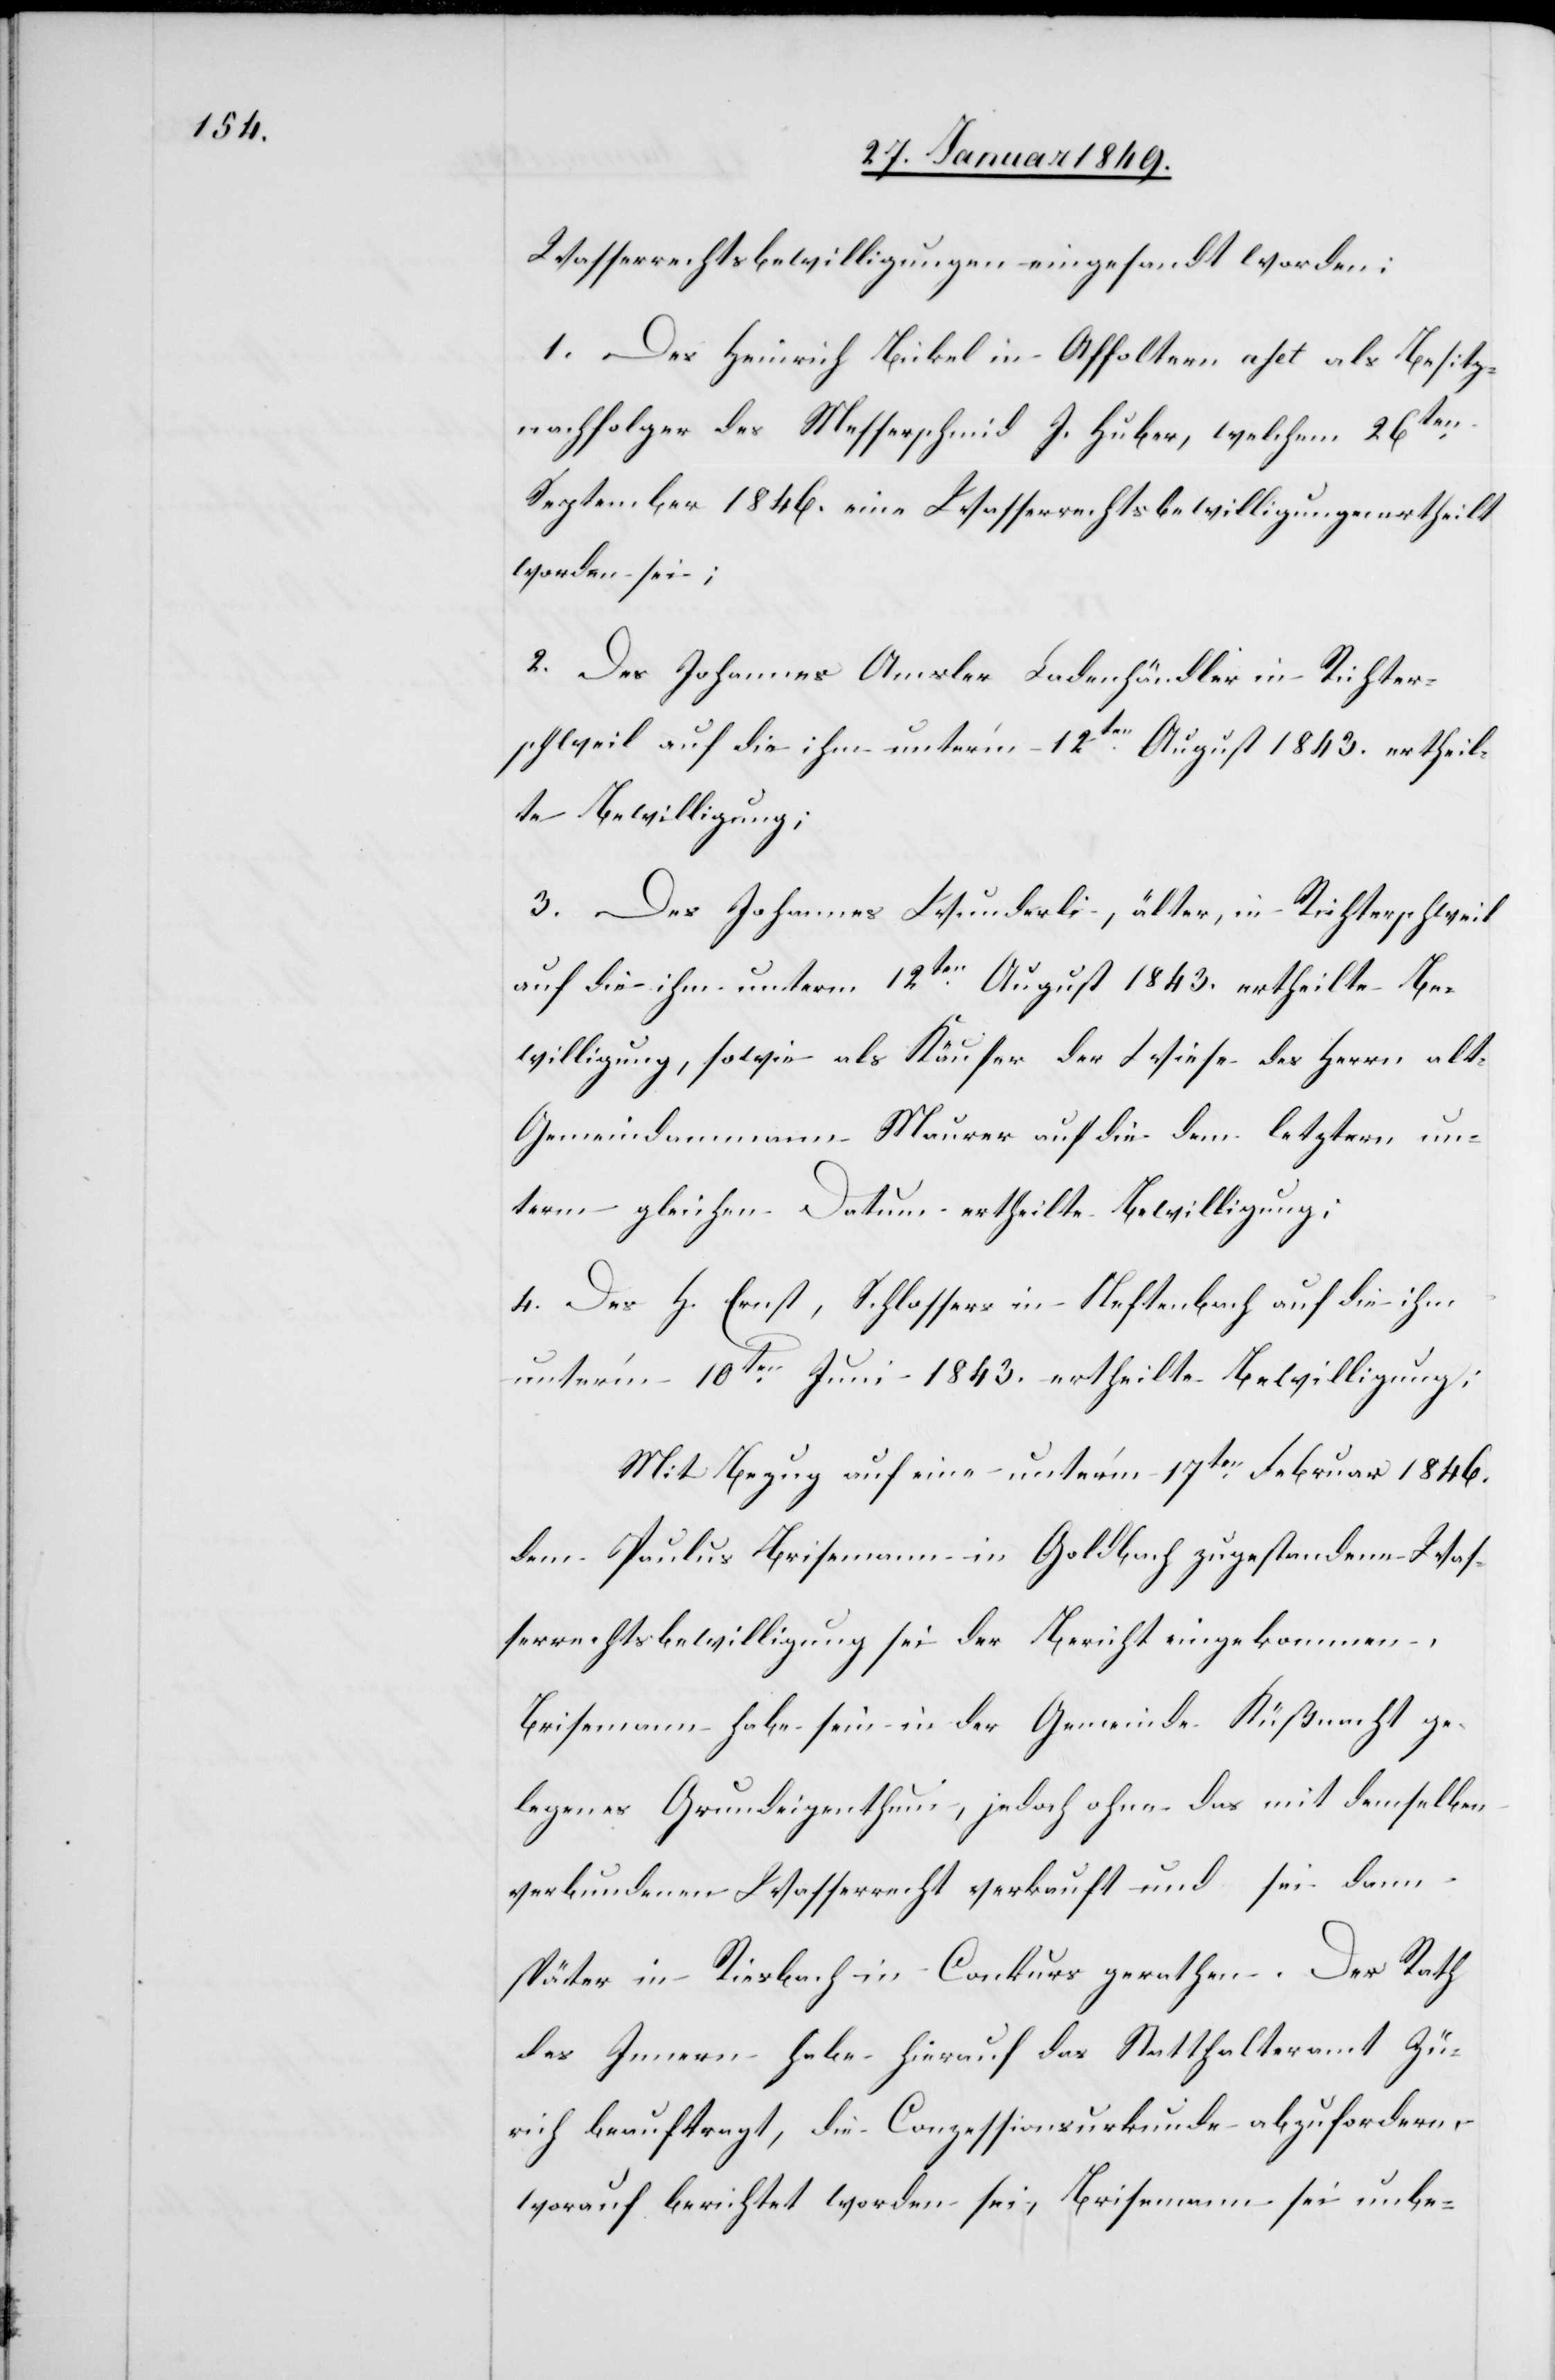
Wasserrechtsbewilligungen eingesandt worden:
1. Des Heinrich Bickel in Affoltern [?afet] als Besitz¬
nachfolger des Messerschmid J. Huber, welchem 26ten.
September 1846. eine Wasserrechtsbewilligung ertheilt
worden sei;
2. Des Johannes Amsler Ladenhändler in Richter¬
schweil auf die ihm unter’m 12ten. August 1843. ertheil¬
te Bewilligung;
3. Des Johannes Wunderli, älter, in Richterschweil
auf die ihm unterm 12ten. August 1843. ertheilte Be¬
willigung, sowie als Käufer der Wiese des Herrn al¬
t-Gemeindammann Maurer auf die dem letzern un¬
ter gleichem Datum ertheilte Bewilligung;
4. Des H. Ernst, Schlossers in Neftenbach auf die ihm
unter’m 10ten. Juni 1843. ertheilte Bewilligung;
Mit Bezug auf eine unter’m 17ten. Februar 1846.
dem Paulus Brisemann in Goldbach zugestandene Was¬
serrechtsbewilligung sei der Bericht eingekommen,
Brisemann habe sein in der Gemeinde Küßnacht ge¬
legenes Grundeigenthum, jedoch ohne das mit demselben
verbundenen Wasserrecht verkauft und sei dann
später in Riesbach in Conkurs gerathen. Der Rath
des Innern habe hierauf das Statthalteramt Zü¬
rich beauftragt, die Conzessionsurkunde abzufordern,
worauf berichtet worden sei, Brisemann sei unbe-